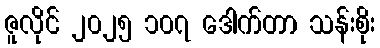
ဇူလိုင် ၂၀၂၅ ၁၀၇ ဒေါက်တာ သန်းစိုး